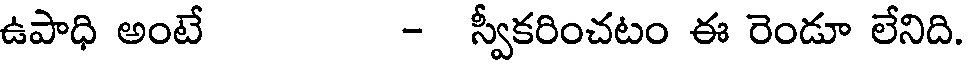
ఉపాధి అంటే - స్వీకరించటం ఈ రెండూ లేనిది.